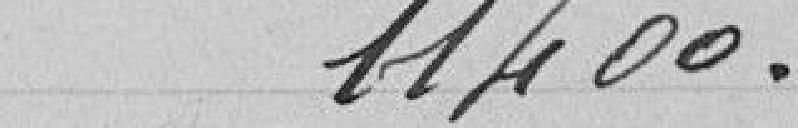
11400